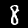
Digit: 8